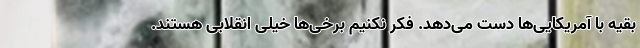
بقیه با آمریکایی‌ها دست می‌دهد. فکر نکنیم برخی‌ها خیلی انقلابی هستند.